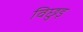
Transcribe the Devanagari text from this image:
विछुड़